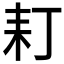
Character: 耓